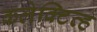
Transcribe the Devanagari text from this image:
कलेक्टिव्ह